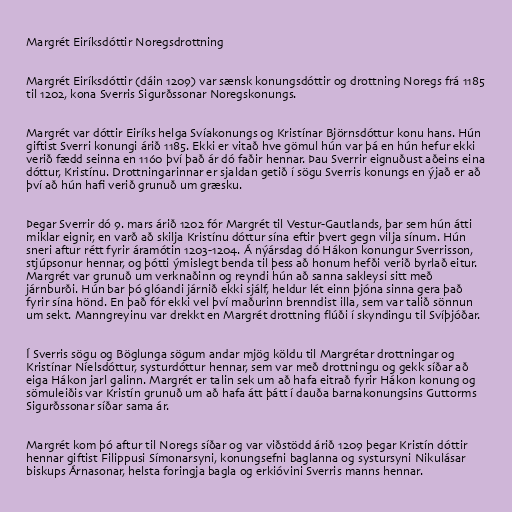
Margrét Eiríksdóttir Noregsdrottning

Margrét Eiríksdóttir (dáin 1209) var sænsk konungsdóttir og drottning Noregs frá 1185
til 1202, kona Sverris Sigurðssonar Noregskonungs.

Margrét var dóttir Eiríks helga Svíakonungs og Kristínar Björnsdóttur konu hans. Hún
giftist Sverri konungi árið 1185. Ekki er vitað hve gömul hún var þá en hún hefur ekki
verið fædd seinna en 1160 því það ár dó faðir hennar. Þau Sverrir eignuðust aðeins eina
dóttur, Kristínu. Drottningarinnar er sjaldan getið í sögu Sverris konungs en ýjað er að
því að hún hafi verið grunuð um græsku.

Þegar Sverrir dó 9. mars árið 1202 fór Margrét til Vestur-Gautlands, þar sem hún átti
miklar eignir, en varð að skilja Kristínu dóttur sína eftir þvert gegn vilja sínum. Hún
sneri aftur rétt fyrir áramótin 1203-1204. Á nýársdag dó Hákon konungur Sverrisson,
stjúpsonur hennar, og þótti ýmislegt benda til þess að honum hefði verið byrlað eitur.
Margrét var grunuð um verknaðinn og reyndi hún að sanna sakleysi sitt með
járnburði. Hún bar þó glóandi járnið ekki sjálf, heldur lét einn þjóna sinna gera það
fyrir sína hönd. En það fór ekki vel því maðurinn brenndist illa, sem var talið sönnun
um sekt. Manngreyinu var drekkt en Margrét drottning flúði í skyndingu til Svíþjóðar.

Í Sverris sögu og Böglunga sögum andar mjög köldu til Margrétar drottningar og
Kristínar Níelsdóttur, systurdóttur hennar, sem var með drottningu og gekk síðar að
eiga Hákon jarl galinn. Margrét er talin sek um að hafa eitrað fyrir Hákon konung og
sömuleiðis var Kristín grunuð um að hafa átt þátt í dauða barnakonungsins Guttorms
Sigurðssonar síðar sama ár.

Margrét kom þó aftur til Noregs síðar og var viðstödd árið 1209 þegar Kristín dóttir
hennar giftist Filippusi Símonarsyni, konungsefni baglanna og systursyni Nikulásar
biskups Árnasonar, helsta foringja bagla og erkióvini Sverris manns hennar.